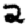
Digit: 2